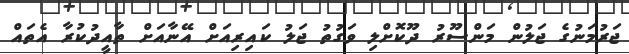
ޖަރުމަނުގެ ޖަލުން މަންސޫރު ދޫކޮށްލި ވަގުތު ޖަލު ކައިރިއަށް އޭނާއަށް ތާއީދުކުރާ އެތައް